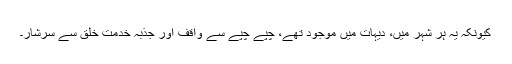
کیونکہ یہ ہر شہر میں، دیہات میں موجود تھے، چپے چپے سے واقف اور جذبہ خدمت خلق سے سرشار۔